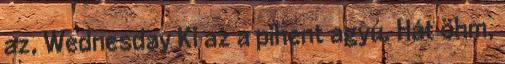
az, Wednesday Ki az a pihent agyú. Hát öhm,